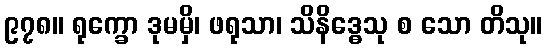
၉၇၈။ ရုက္ခော ဒုမမှိ၊ ဖရုသာ၊ သိနိဒ္ဓေသု စ သော တိသု။